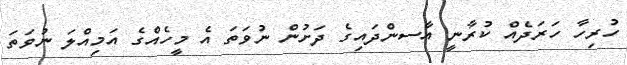
ހުރިހާ ހަރަދެއް ކުރާނީ އާސންދައިގެ ދަށުން ނުވަތަ އެ މީހެއްގެ އަމިއްލަ ނުވަތަ